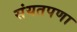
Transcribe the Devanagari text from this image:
संयतपणा